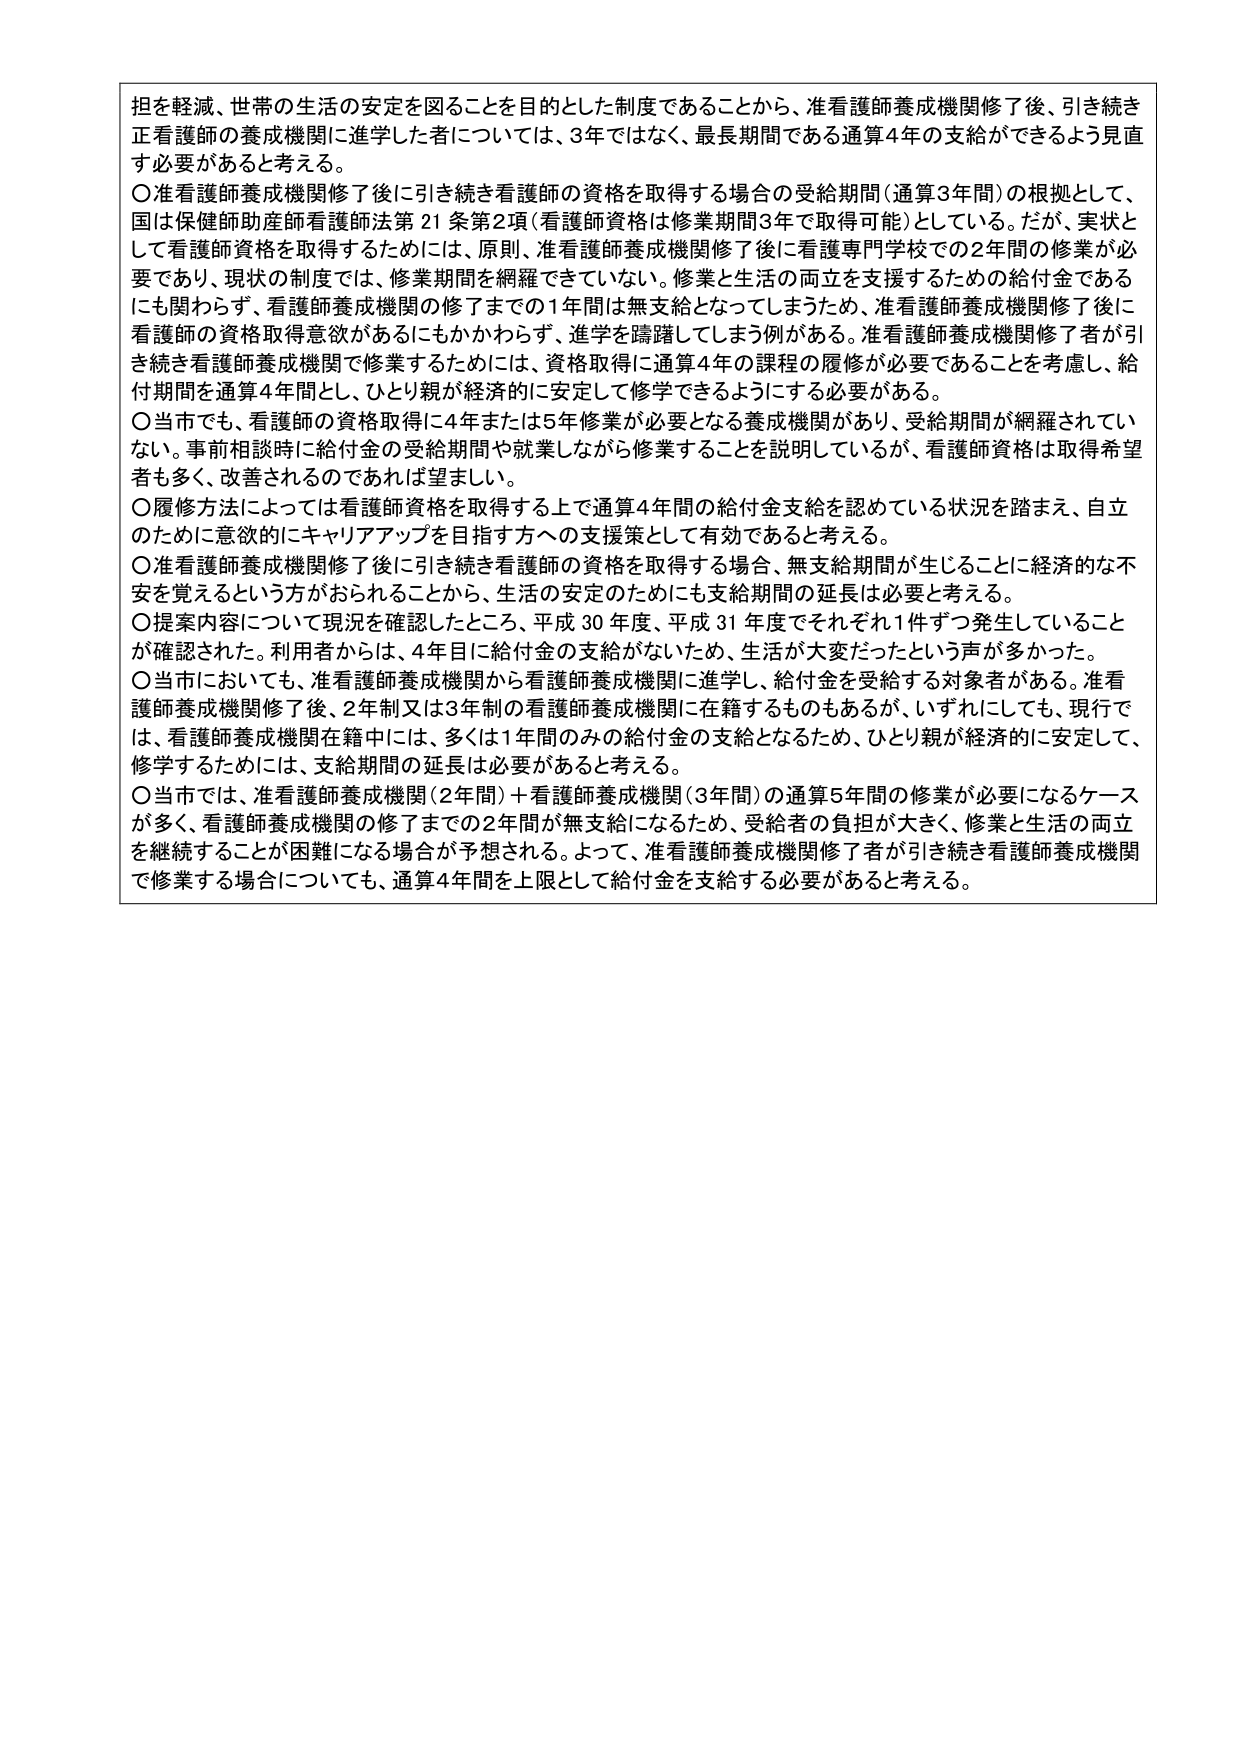
担を軽減、世帯の生活の安定を図ることを目的とした制度であることから、准看護師養成機関修了後、引き続き正看護師の養成機関に進学した者については、3年ではなく、最長期間である通算4年の支給ができるよう見直す必要があると考える。

○准看護師養成機関修了後に引き続き看護師の資格を取得する場合の受給期間（通算3年間）の根拠として、国は保健師助産師看護師法第21条第2項（看護師資格は修業期間3年で取得可能）としている。だが、実状として看護師資格を取得するためには、原則、准看護師養成機関修了後に看護専門学校での2年間の修業が必要であり、現状の制度では、修業期間を網羅できていない。修業と生活の両立を支援するための給付金であるにも関わらず、看護師養成機関の修了までの1年間は無支給となってしまうため、准看護師養成機関修了後に看護師の資格取得意欲があるにもかかわらず、進学を躊躇してしまう例がある。准看護師養成機関修了者が引き続き看護師養成機関で修業するためには、資格取得に通算4年の課程の履修が必要であることを考慮し、給付期間を通算4年間とし、ひとり親が経済的に安定して修学できるようにする必要がある。

○当市でも、看護師の資格取得に4年または5年修業が必要となる養成機関があり、受給期間が網羅されていない。事前相談時に給付金の受給期間や就業しながら修業することを説明しているが、看護師資格は取得希望者も多く、改善されるのであれば望ましい。

○履修方法によっては看護師資格を取得する上で通算4年間の給付金支給を認めている状況を踏まえ、自立のために意欲的にキャリアアップを目指す方への支援策として有効であると考える。

○准看護師養成機関修了後に引き続き看護師の資格を取得する場合、無支給期間が生じることに経済的な不安を覚えるという方がおられることから、生活の安定のためにも支給期間の延長は必要と考える。

○提案内容について現況を確認したところ、平成30年度、平成31年度でそれぞれ1件ずつ発生していることが確認された。利用者からは、4年目に給付金の支給がないため、生活が大変だったという声が多かった。

○当市においても、准看護師養成機関から看護師養成機関に進学し、給付金を受給する対象者がある。准看護師養成機関修了後、2年制又は3年制の看護師養成機関に在籍するものもあるが、いずれにしても、現行では、看護師養成機関在籍中には、多くは1年間のみの給付金の支給となるため、ひとり親が経済的に安定して、修学するためには、支給期間の延長は必要があると考える。

○当市では、准看護師養成機関（2年間）＋看護師養成機関（3年間）の通算5年間の修業が必要になるケースが多く、看護師養成機関の修了までの2年間が無支給になるため、受給者の負担が大きく、修業と生活の両立を継続することが困難になる場合が予想される。よって、准看護師養成機関修了者が引き続き看護師養成機関で修業する場合についても、通算4年間を上限として給付金を支給する必要があると考える。